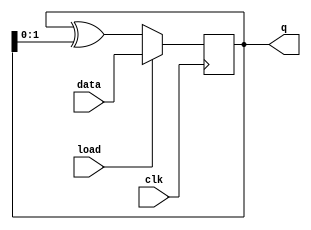
module top_module(
    input clk,
    input load,
    input [511:0] data,
    output [511:0] q ); 

    reg [511:0] q;
    reg [511:0] d;

    always @(posedge clk) begin
        if (load) begin
            q <= data;
        end else begin
            q <= q ^ (q[1:0]);
        end
    end

    assign d = q[511:0];

endmodule